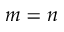
m = n